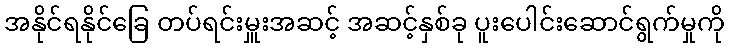
အနိုင်ရနိုင်ခြေ တပ်ရင်းမှူးအဆင့် အဆင့်နှစ်ခု ပူးပေါင်းဆောင်ရွက်မှုကို